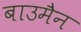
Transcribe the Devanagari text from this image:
बाउमैन